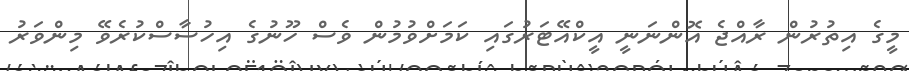
މީގެ އިތުރުން ރާއްޖެ އޮންނަނީ އީކްއޭޓަރުގައި ކަމަށްވުމުން ވެސް ހޫނުގެ އިހުސާސްކުރެވޭ މިންވަރު